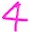
Text: 4